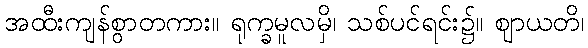
အထီးကျန်စွာတကား။ ရုက္ခမူလမှိ၊ သစ်ပင်ရင်း၌။ ဈာယတိ၊